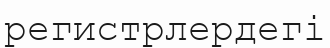
регистрлердегі